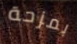
بمزحة